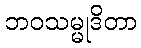
ဘဝသမ္မုဒိတာ